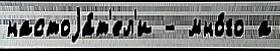
настоjа́т'ел'и - мно́го а